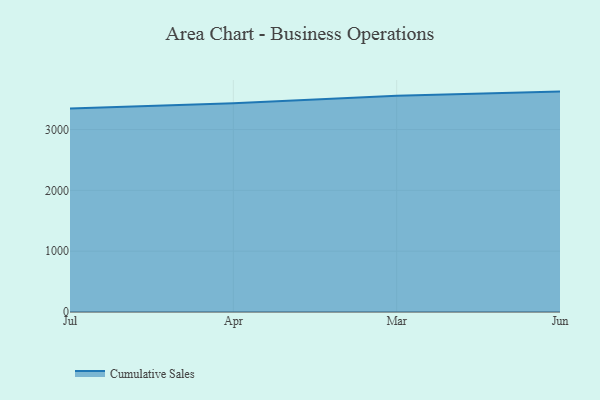
{"axis": {"x": "Month", "y": "LTV (USD)"}, "legend": ["Cumulative Sales"], "data": [{"x": "Jul", "y": 3345.9, "type": "Cumulative Sales"}, {"x": "Apr", "y": 3431.4, "type": "Cumulative Sales"}, {"x": "Mar", "y": 3553.7, "type": "Cumulative Sales"}, {"x": "Jun", "y": 3623.4, "type": "Cumulative Sales"}]}